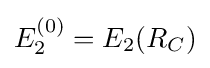
E_{2}^{(0)}={{E}_{2}}({{R}_{C}})